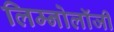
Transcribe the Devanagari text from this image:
लिम्नोलॉजी